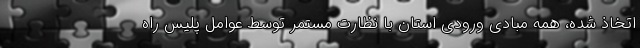
اتخاذ شده، همه مبادی ورودی استان با نظارت مستمر توسط عوامل پلیس راه